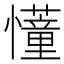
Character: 𢤦